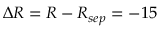
\Delta R = R - R _ { s e p } = - 1 5